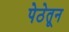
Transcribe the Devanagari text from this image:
पेठेतून